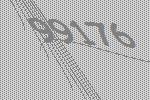
99176